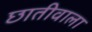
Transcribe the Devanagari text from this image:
छातीवाला